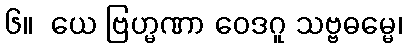
၆။  ယေ ဗြဟ္မဏာ ဝေဒဂူ သဗ္ဗဓမ္မေ၊